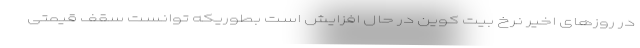
در روزهای اخیر نرخ بیت کوین در حال افزایش است بطوریکه توانست سقف قیمتی